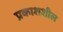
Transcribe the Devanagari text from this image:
प्रकाशशील